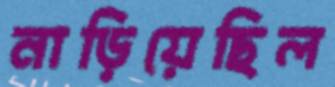
নাড়িয়েছিল